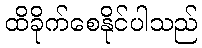
ထိခိုက်စေနိုင်ပါသည်